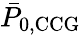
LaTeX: \bar{P}_{\mathrm{0,CCG}}